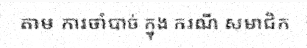
តាម ការចាំបាច់ ក្នុង ករណី សមាជិក